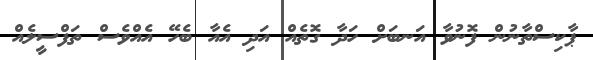
ޕާކިސްތާނުން ފޮނުވާ އަނބަށް ހަދާ ގޮތެއް އަދި އެއާ ބެހޭ އެއްވެސް ތަފްސީލެއް